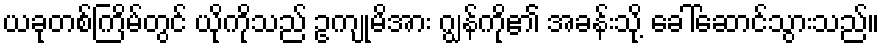
ယခုတစ်ကြိမ်တွင် ယိုကိုသည် ဥကျုမိအား ဂျွန်ကို၏ အခန်းသို့ ခေါ်ဆောင်သွားသည်။